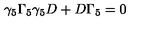
\gamma _ { 5 } \Gamma _ { 5 } \gamma _ { 5 } D + D \Gamma _ { 5 } = 0